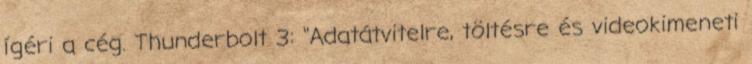
ígéri a cég. Thunderbolt 3: "Adatátvitelre, töltésre és videokimeneti